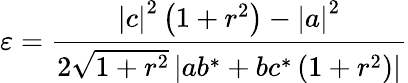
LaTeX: \varepsilon=\frac{\left|c\right|^{2}\left(1+r^{2}\right)-\left|a\right|^{2}}{2\sqrt{1+r^{2}}\left|ab^{\ast}+bc^{\ast}\left(1+r^{2}\right)\right|}